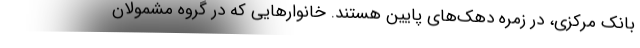
بانک مرکزی، در زمره دهک‌های پایین هستند. خانوارهایی که در گروه مشمولان